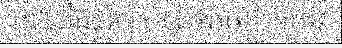
ចូលទីផ្សារក្រោយគេបន្តិចមែន